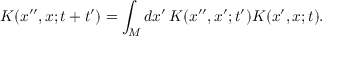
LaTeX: K ( x ^ { \prime \prime } , x ; t + t ^ { \prime } ) = \int _ { M } d x ^ { \prime } \, K ( x ^ { \prime \prime } , x ^ { \prime } ; t ^ { \prime } ) K ( x ^ { \prime } , x ; t ) .